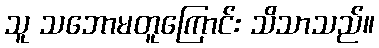
သူ သဘောမတူကြောင်း သိသာသည်။